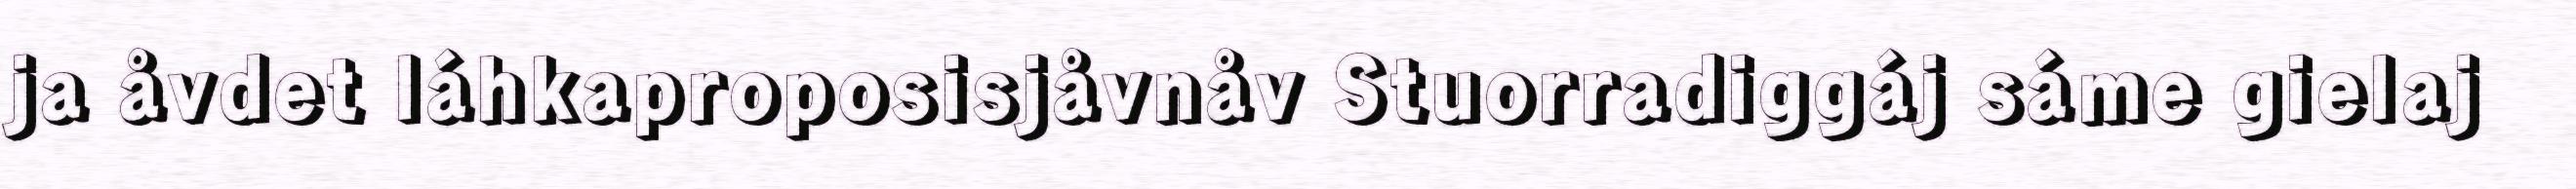
ja åvdet láhkaproposisjåvnåv Stuorradiggáj sáme gielaj